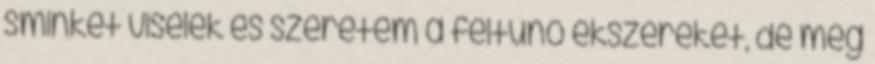
sminket viselek és szeretem a feltűnő ékszereket, de még